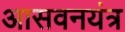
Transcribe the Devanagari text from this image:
आसवनयंत्र